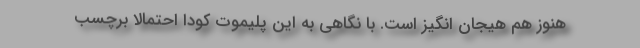
هنوز هم هیجان انگیز است. با نگاهی به این پلیموت کودا احتمالا برچسب